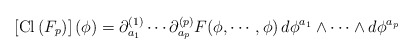
\begin{align*}\left[ {\rm Cl} \left( F_p \right) \right](\phi) = \partial^{(1)}_{a_1} \cdots \partial^{(p)}_{a_p} F (\phi, \cdots, \phi)\, d \phi^{a_1} \wedge \cdots \wedge d \phi^{a_p}\end{align*}